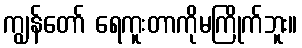
ကျွန်တော် ရေကူးတာကိုမကြိုက်ဘူး။